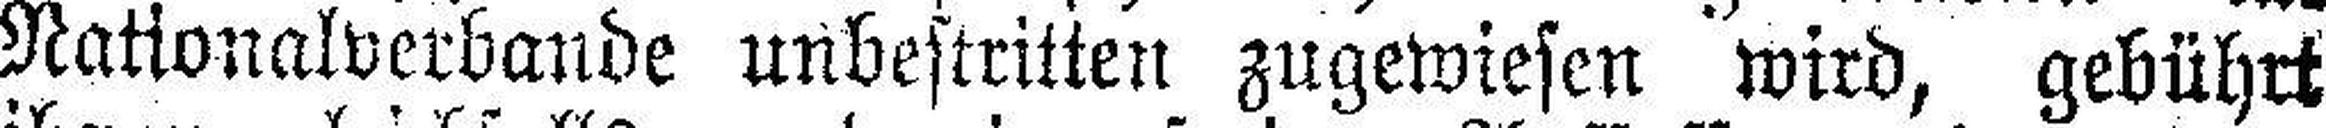
Nationalverbande unbestritten zugewiesen wird, gebührt